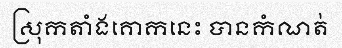
ស្រុកតាំងគោកនេះ បានកំណត់